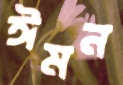
ঈমন